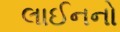
લાઈનનો